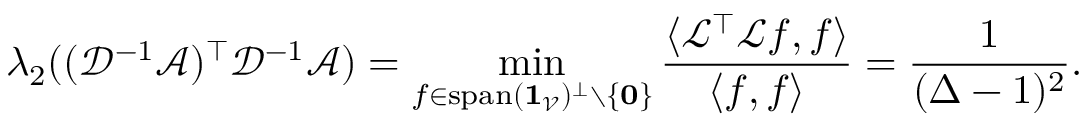
\lambda _ { 2 } ( ( \mathcal { D } ^ { - 1 } \mathcal { A } ) ^ { \top } \mathcal { D } ^ { - 1 } \mathcal { A } ) = \operatorname* { m i n } _ { f \in \mathrm { s p a n } ( \mathbf { 1 } _ { \mathcal { V } } ) ^ { \bot } \setminus \{ \mathbf { 0 } \} } \frac { \langle \mathcal { L } ^ { \top } \mathcal { L } f , f \rangle } { \langle f , f \rangle } = \frac { 1 } { ( \Delta - 1 ) ^ { 2 } } .